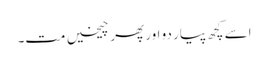
اسے کچھ پیار دو اور پھر چیخیں مت۔